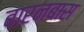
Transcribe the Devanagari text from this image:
बारनबास